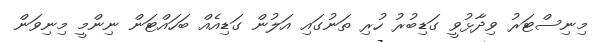
މިނިސްޓަރު ވިދާޅުވީ ގަޑިބުރު ހުރި ތަނުގައި އަލުން ގަޑިއެއް ބަހައްޓަން ނިންމީ މިނިވަން